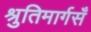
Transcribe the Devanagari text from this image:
श्रुतिमार्गसँ